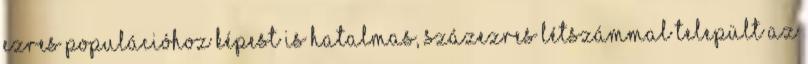
ezres populációhoz képest is hatalmas, százezres létszámmal települt az